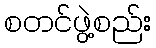
စတင်ဖွဲ့စည်း